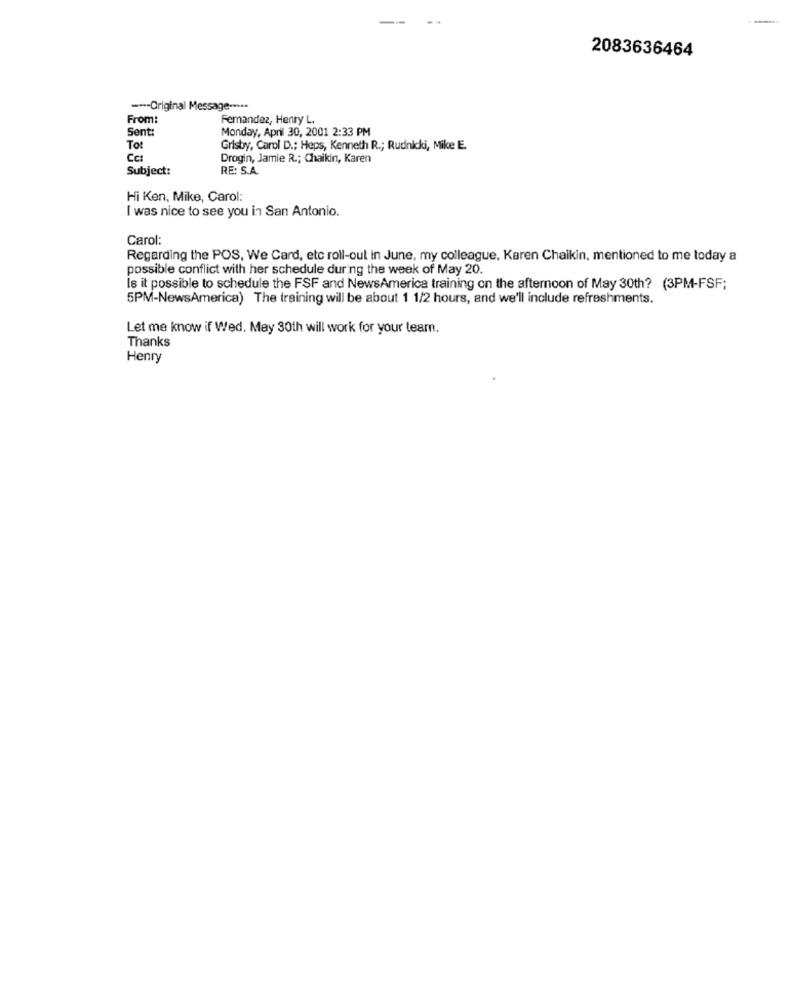
2083636464
--- Original Message -****
From:
Fernandez, Henry L.
Sent:
Monday, April 30, 2001 2:33 PM
To:
Grisby, Carol D .; Heps, Kenneth R .; Rudnicki, Mike E.
Cc:
Drogin, Jamie R .; Chaikin, Karen
Subject:
RE: S.A.
Hi Ken, Mike, Carol:
I was nice to see you in San Antonio.
Carol:
Regarding the POS, We Card, etc roll-out in June, my colleague, Karen Chaikin, mentioned to me today a
possible conflict with her schedule during the week of May 20.
Is it possible to schedule the FSF and NewsAmerica training on the afternoon of May 30th? (3PM-FSF;
5PM-NewsAmerica) The training will be about 1 1/2 hours, and we'll include refreshments.
Let me know if Wed. May 30th will work for your team.
Thanks
Henry